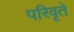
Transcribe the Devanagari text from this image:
परिवृते